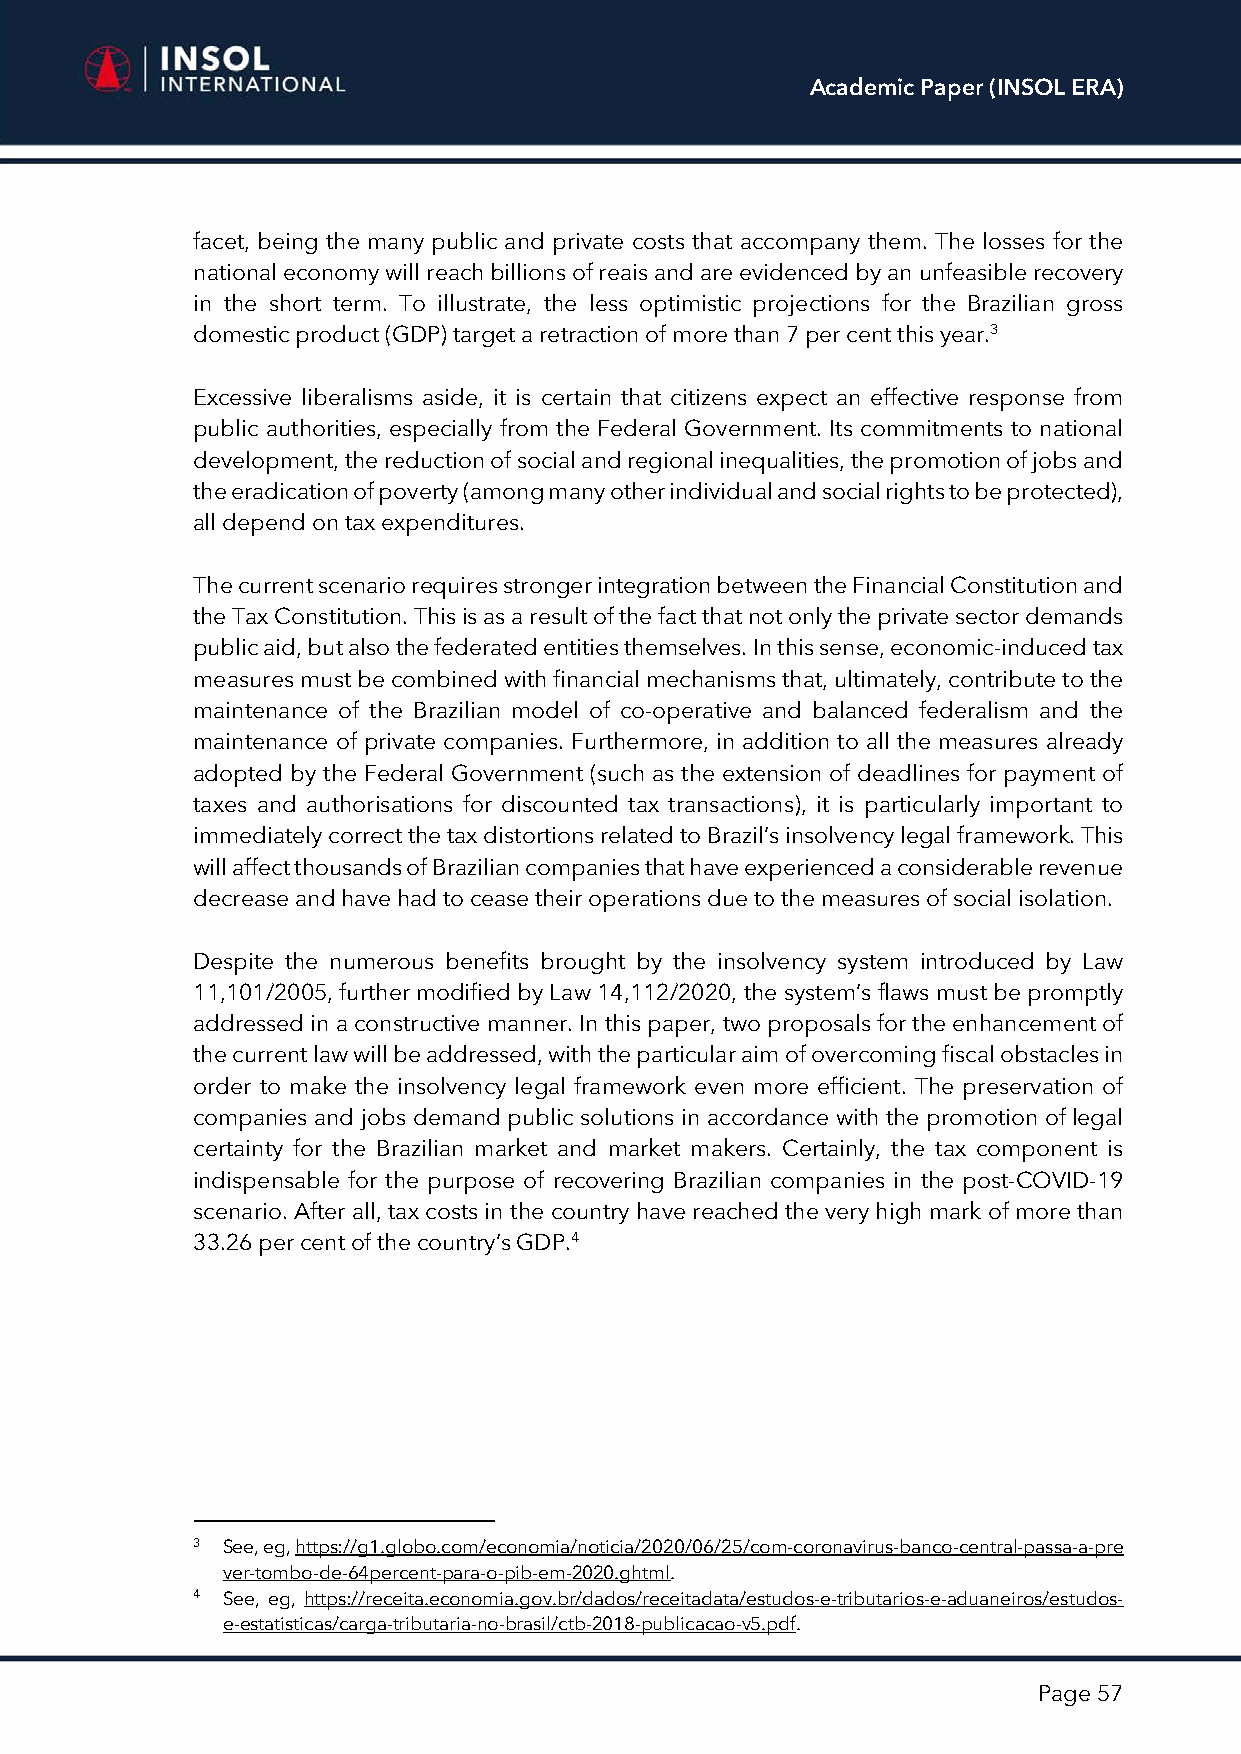
Academic Paper (INSOL ERA)
 facet, being the many public and private costs that accompany them. The losses for the
 national economy will reach billions of reais and are evidenced by an unfeasible recovery
 in the short term. To illustrate, the less optimistic projections for the Brazilian gross
 domestic product (GDP) target a retraction of more than 7 per cent this year.3
 Excessive liberalisms aside, it is certain that citizens expect an effective response from
 public authorities, especially from the Federal Government. Its commitments to national
 development, the reduction of social and regional inequalities, the promotion of jobs and
 the eradication of poverty (among many other individual and social rights to be protected),
 all depend on tax expenditures.
 The current scenario requires stronger integration between the Financial Constitution and
 the Tax Constitution. This is as a result of the fact that not only the private sector demands
 public aid, but also the federated entities themselves. In this sense, economic-induced tax
 measures must be combined with financial mechanisms that, ultimately, contribute to the
 maintenance of the Brazilian model of co-operative and balanced federalism and the
 maintenance of private companies. Furthermore, in addition to all the measures already
 adopted by the Federal Government (such as the extension of deadlines for payment of
 taxes and authorisations for discounted tax transactions), it is particularly important to
 immediately correct the tax distortions related to Brazil’s insolvency legal framework. This
 will affect thousands of Brazilian companies that have experienced a considerable revenue
 decrease and have had to cease their operations due to the measures of social isolation.
 Despite the numerous benefits brought by the insolvency system introduced by Law
 11,101/2005, further modified by Law 14,112/2020, the system’s flaws must be promptly
 addressed in a constructive manner. In this paper, two proposals for the enhancement of
 the current law will be addressed, with the particular aim of overcoming fiscal obstacles in
 order to make the insolvency legal framework even more efficient. The preservation of
 companies and jobs demand public solutions in accordance with the promotion of legal
 certainty for the Brazilian market and market makers. Certainly, the tax component is
 indispensable for the purpose of recovering Brazilian companies in the post-COVID-19
 scenario. After all, tax costs in the country have reached the very high mark of more than
 33.26 per cent of the country’s GDP.4
 3 See, eg, https://g1.globo.com/economia/noticia/2020/06/25/com-coronavirus-banco-central-passa-a-pre
 ver-tombo-de-64percent-para-o-pib-em-2020.ghtml.
 4 See, eg, https://receita.economia.gov.br/dados/receitadata/estudos-e-tributarios-e-aduaneiros/estudos-
 e-estatisticas/carga-tributaria-no-brasil/ctb-2018-publicacao-v5.pdf.
 Page 57